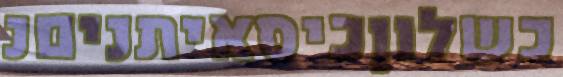
כשלוןכיסאיתניםנ